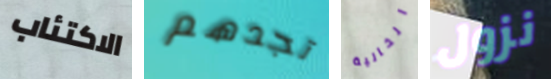
الاكتئاب تجدهم الخالية نزول